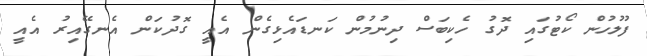
ފުލުހުން ކޯޓުގައި ދޮގު ހެކިބަސް ދިނުމުން ކަނޑައެޅިގެން އެއީ ގޮދުކަން އެނގޭއިރު އެއީ